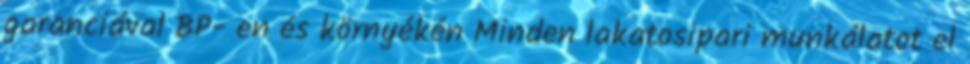
garanciával BP- en és környékén Minden lakatosipari munkálatot el